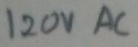
Text: 120VAC